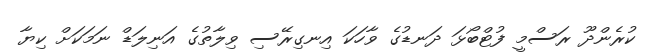
ކުރެންދޫ ރަސްމީ ފުޓްބޯޅަ ދަނޑުގެ ވާހަކަ އިނގިރޭސި ވިލާތުގެ އަނިލަޑް ނަމަކަށް ކިޔާ